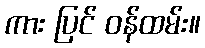
ကား ပြင် ဝန်ထမ်း။